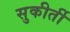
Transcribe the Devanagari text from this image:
सुकीर्ती